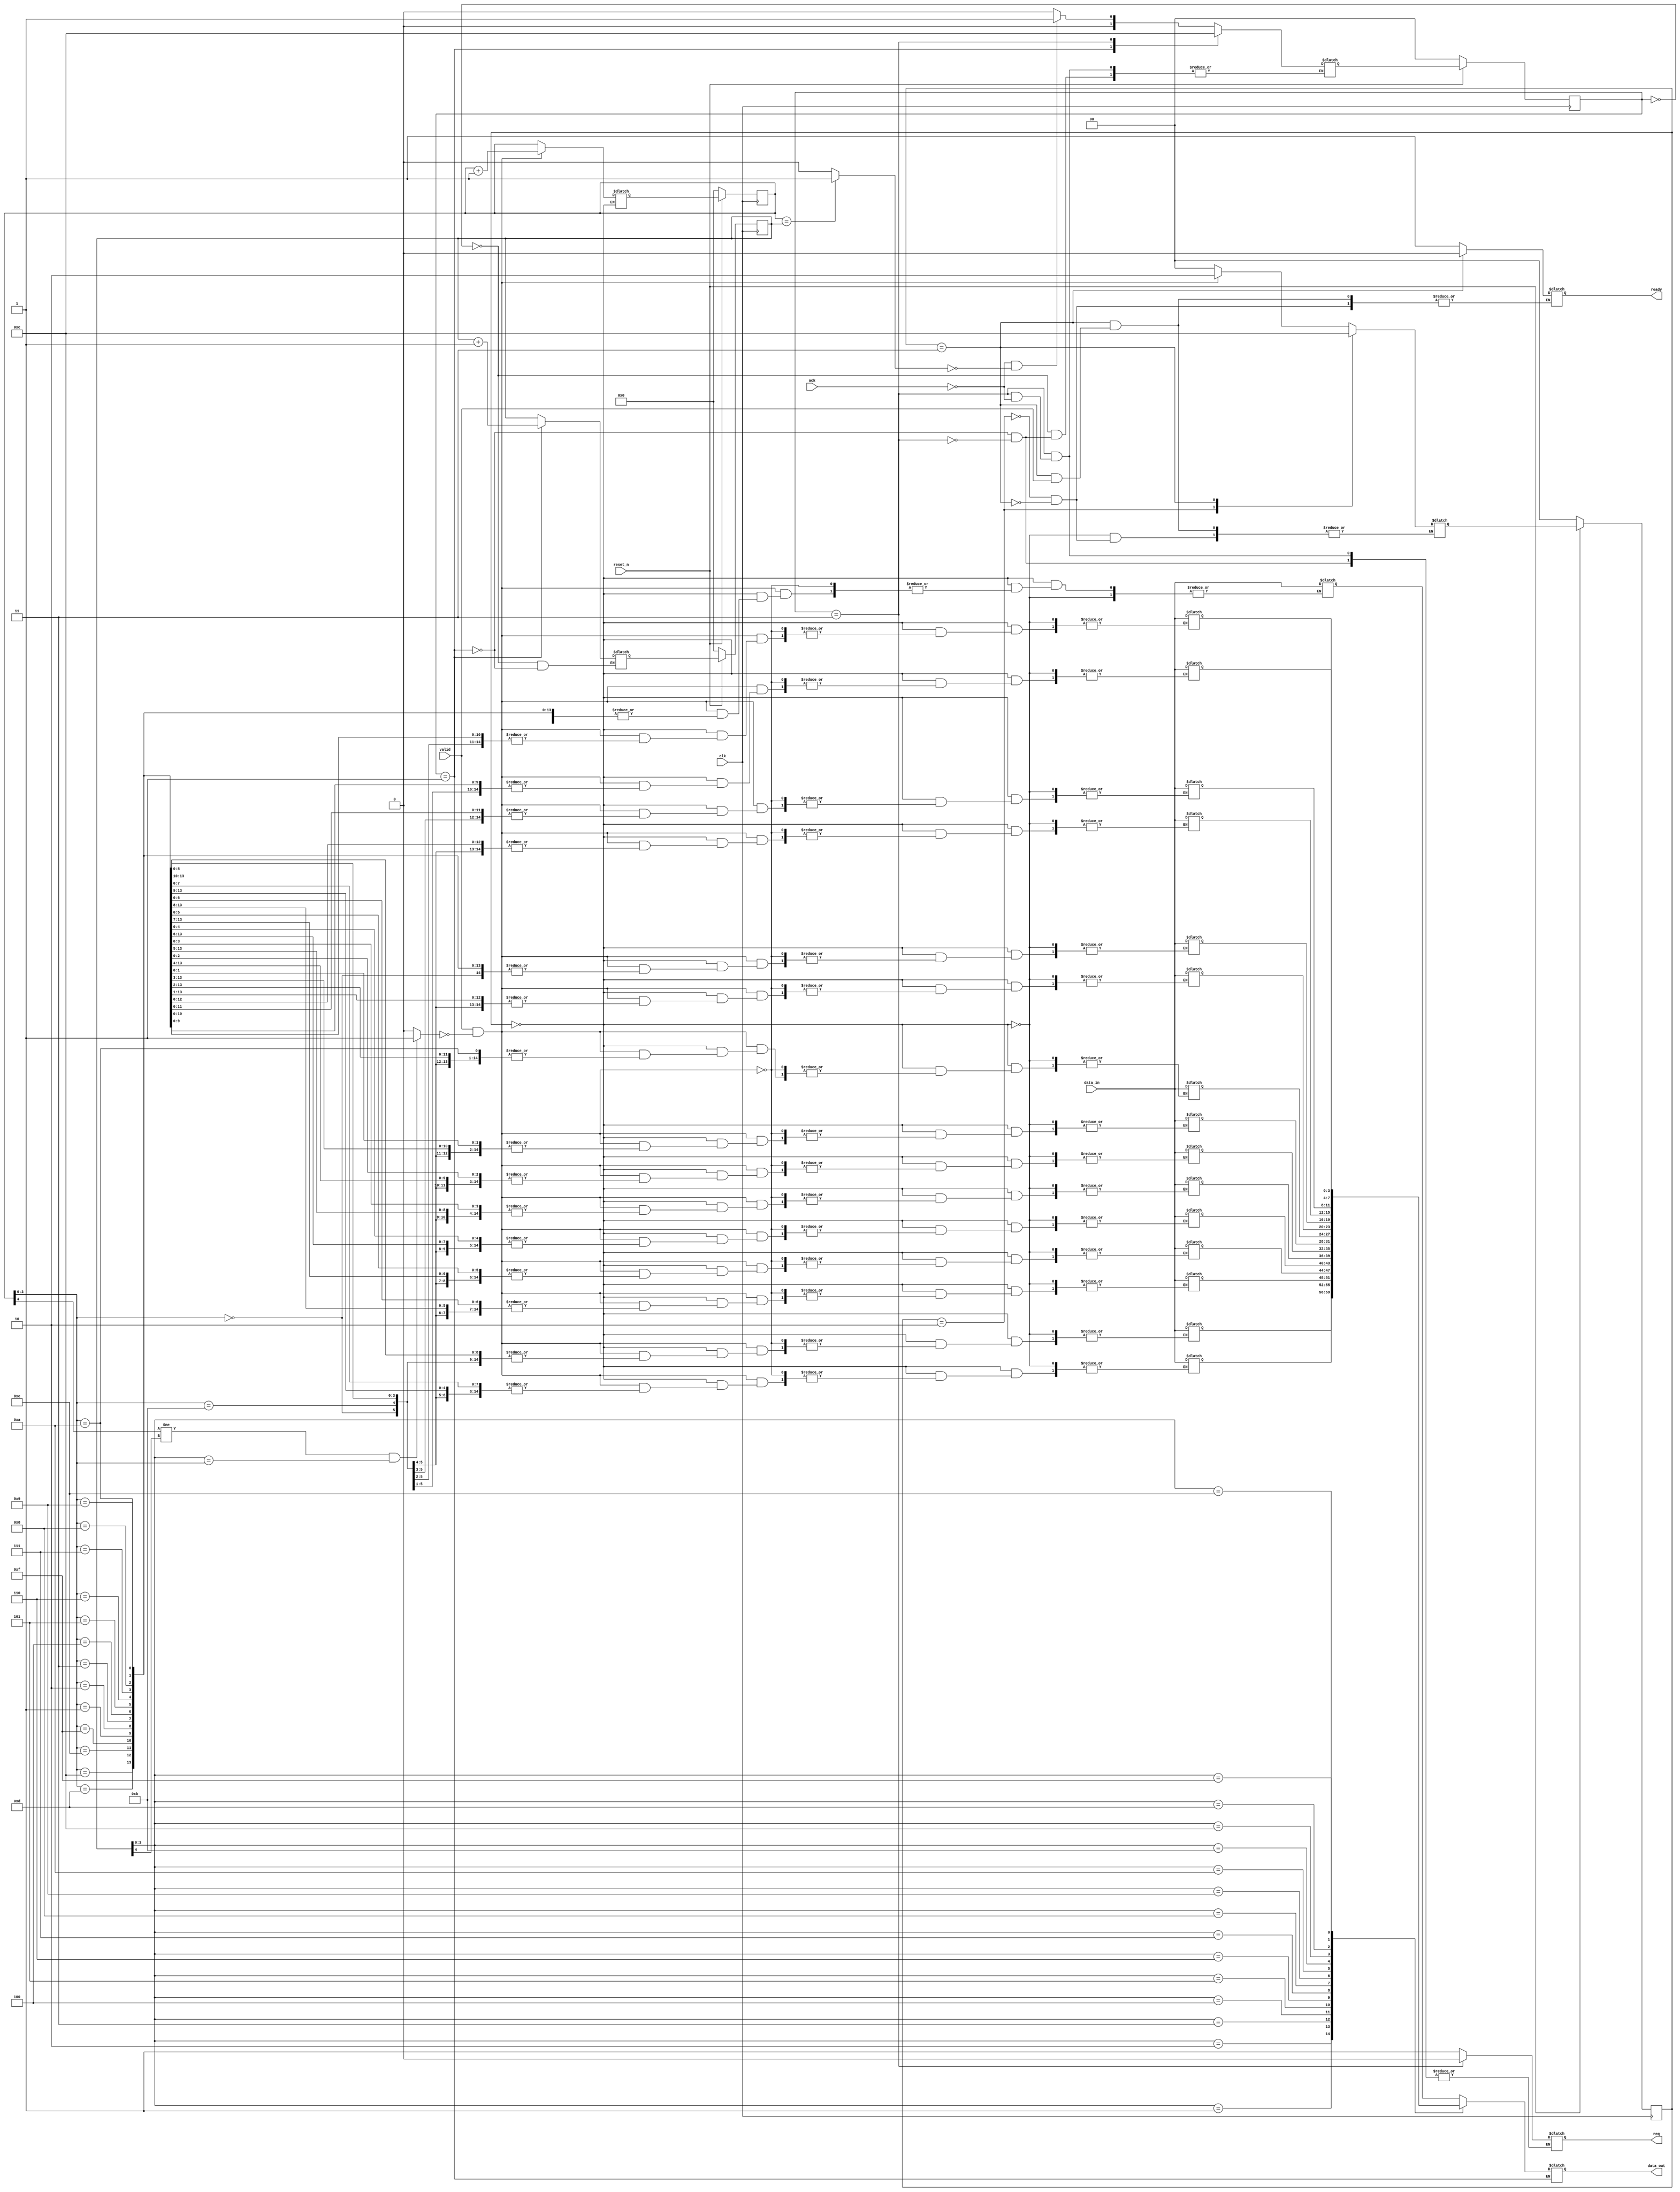
module four_phase_handshake #(
	parameter width = 4,
	parameter depth = 16,
	parameter fifo = $clog2(depth)
)(
	input clk, reset_n, valid, ack,
	input [width - 1:0] data_in,
	output reg req, ready,
	output reg [width - 1:0] data_out
);

reg [width-1:0] mem [depth-1:0];
reg [fifo:0] tail, head;
reg [fifo:0] tail_next, head_next;
wire full, empty;
reg [1:0] state_s,state_snext, state_r,state_rnext;
parameter idle = 2'b00, send = 2'b01, receive = 2'b10, finish = 2'b11;

always@(posedge clk) begin
	if (!reset_n) begin
		tail <= 0;
		state_s <= idle;
	end
	else begin
		state_s <= state_snext;
		tail <= tail_next;
	end
end

always@(posedge clk) begin
	if (!reset_n) begin
		head <= 0;
		state_r <= idle;
	end
	else begin
		state_r <= state_rnext;
		head <= head_next;
	end
end
		
assign empty = (tail == head) ? 1:0;
assign full = (tail[fifo]!=head[fifo] && head[fifo - 1:0] == tail[fifo - 1:0]) ? 1:0;

always@(*) begin
	case(state_r)
		idle: begin
			if (valid == 1 && full ==0) begin
				state_rnext = receive;
				tail_next = tail + 1;
				mem[tail[fifo-1:0]] = data_in;
			end
			else begin
				state_rnext = idle;
				tail_next = tail;
			end
		end
		receive: begin
			ready = 1;
			state_rnext = finish;
		end
		finish: begin
			if (valid == 0) begin
				ready = 0;
				state_rnext = idle;
			end
		end
	endcase
end

always@(*) begin
	case(state_s)
		idle: begin
			head_next = head;
			if (ack == 0 && empty ==0) begin
				state_snext = send;
			end
			else begin
				state_snext = idle;
			end
		end
		send: begin
			head_next = head + 1;
			data_out = mem[head[fifo-1:0]];
			req = 1;
			state_snext = finish;
		end
		finish: begin
			if (ack == 1) begin
				req = 0;
				state_snext = idle;
			end
		end
	endcase
end

endmodule